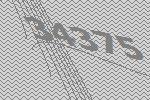
34375